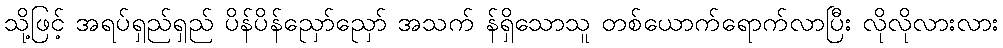
သို့ဖြင့် အရပ်ရှည်ရှည် ပိန်ပိန်ညှော်ညှော် အသက် န်ရှိသောသူ တစ်ယောက်ရောက်လာပြီး လိုလိုလားလား